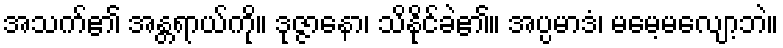
အသက်၏ အန္တရာယ်ကို။ ဒုဇ္ဇာနော၊ သိနိုင်ခဲ၏။ အပ္ပမာဒံ၊ မမေ့မလျော့ဘဲ။